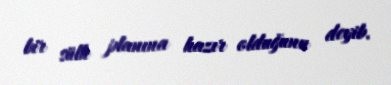
bir sülh planına hazır olduğunu deyib.